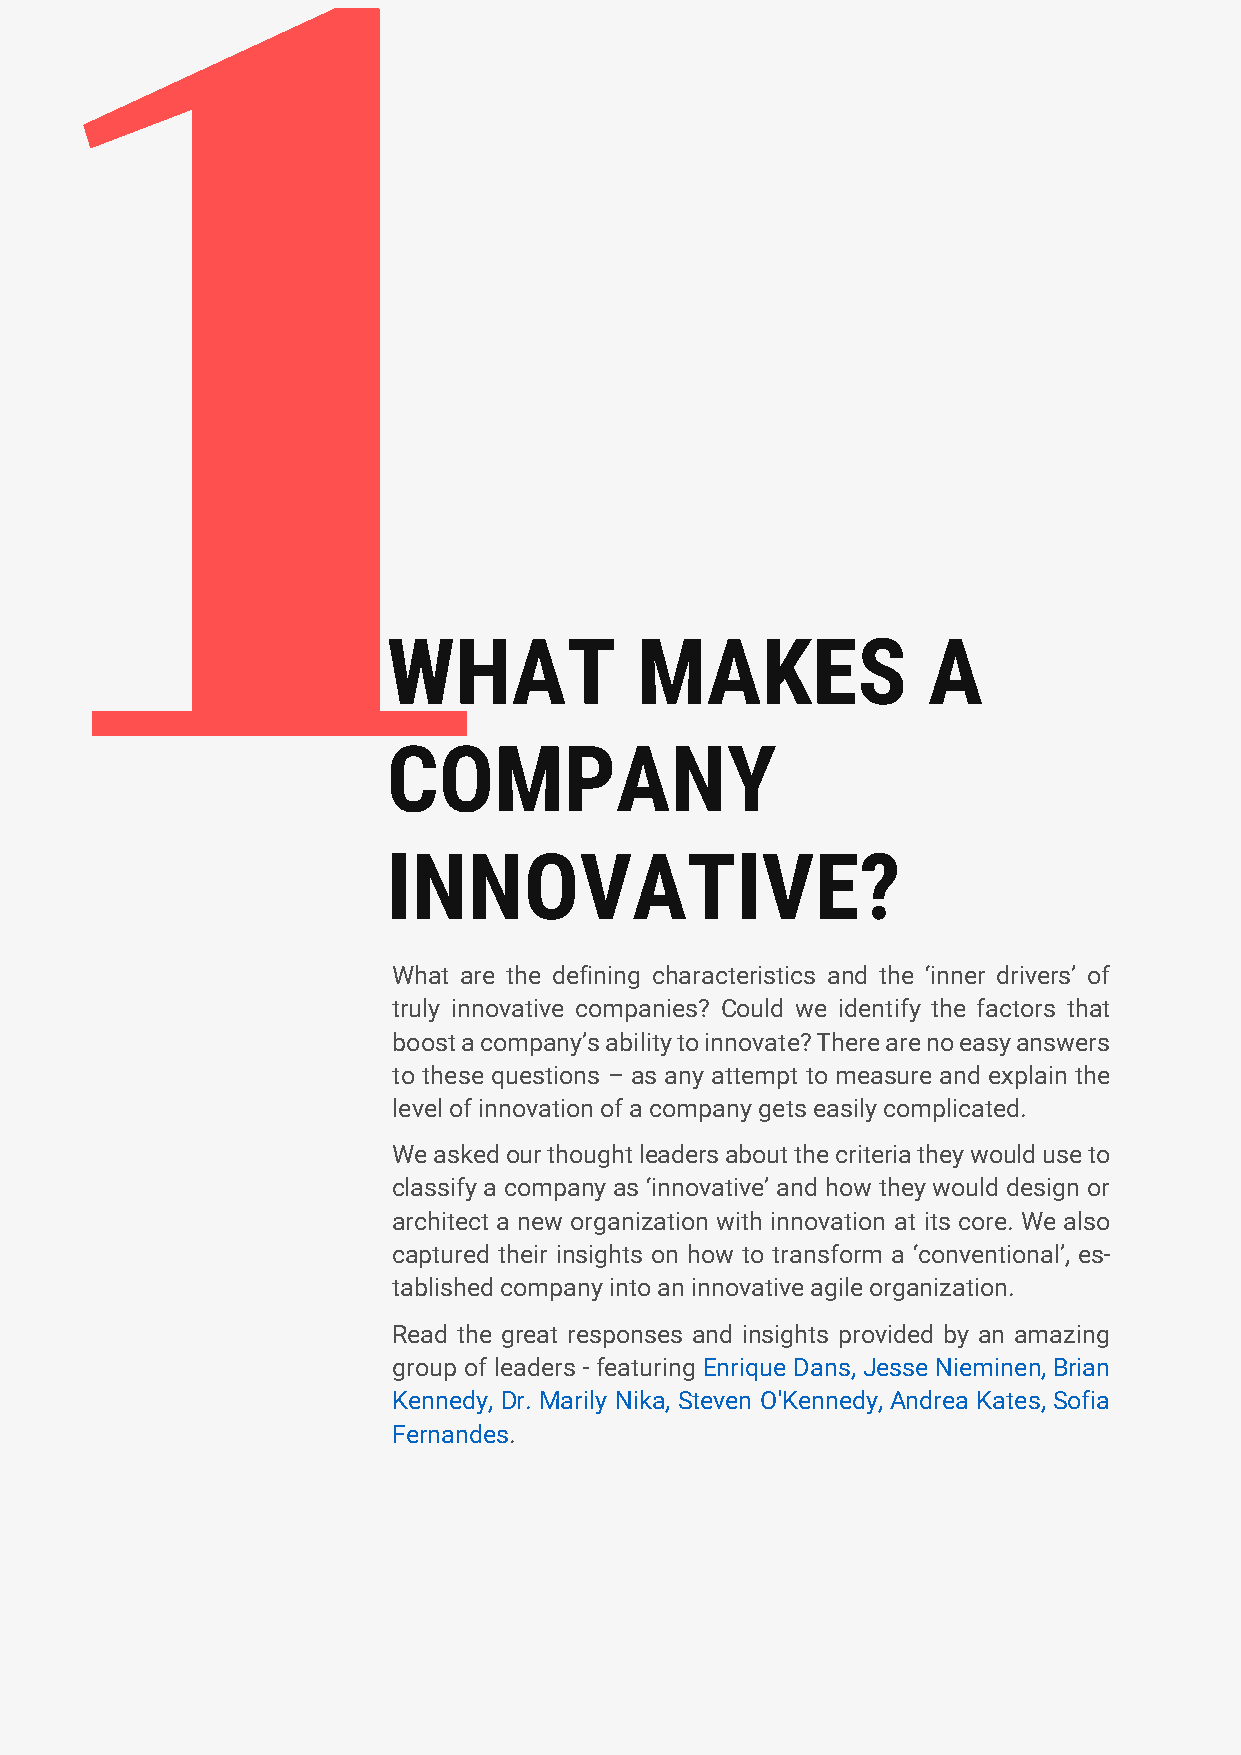
1
 WHAT            MAKES              A
 COMPANY
 INNOVATIVE?
 What are the defining characteristics and the ‘inner drivers’ of
 truly innovative companies? Could we identify the factors that
 boost a company’s ability to innovate? There are no easy answers
 to these questions – as any attempt to measure and explain the
 level of innovation of a company gets easily complicated.
 We asked our thought leaders about the criteria they would use to
 classify a company as ‘innovative’ and how they would design or
 architect a new organization with innovation at its core. We also
 captured their insights on how to transform a ‘conventional’, es-
 tablished company into an innovative agile organization.
 Read the great responses and insights provided by an amazing
 group of leaders - featuring Enrique Dans, Jesse Nieminen, Brian
 Kennedy, Dr. Marily Nika, Steven O'Kennedy, Andrea Kates, Sofia
 Fernandes.